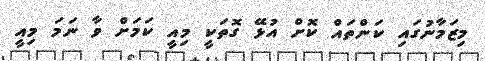
މިޒަމާނުގައި ކަންތައް ކޮށް އުޅޭ ގޮތަކީ މިއީ ކަމަށް ވާ ނަމަ މިއީ